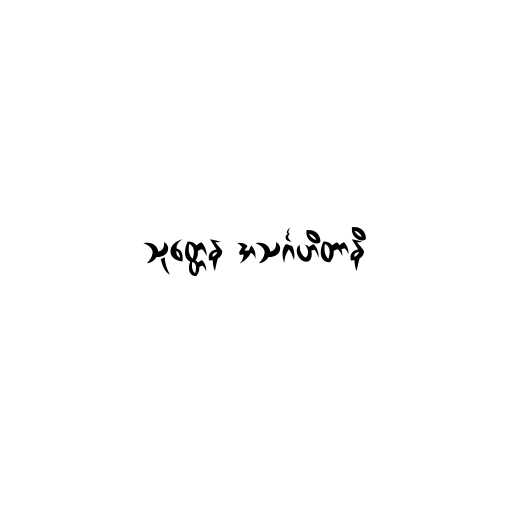
သုတ္တေန အသင်္ဂဟိတာနိ